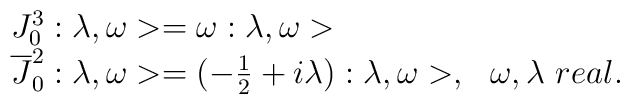
\begin{array}{ll}J^3_0:\lambda ,\omega >=\omega :\lambda ,\omega > & \\\overline {J}_0^2 :\lambda ,\omega >=(-\frac {1}{2}+i\lambda ):\lambda ,\omega >, &\omega ,\lambda \ real.\end{array}